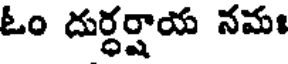
ఓం దుర్ధర్షాయ నమః